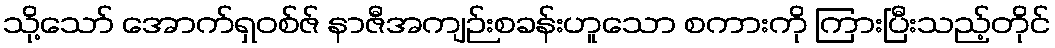
သို့သော် အောက်ရှဝစ်ဇ် နာဇီအကျဉ်းစခန်းဟူသော စကားကို ကြားပြီးသည့်တိုင်